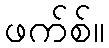
ဖက်စ်။